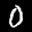
Label: 0